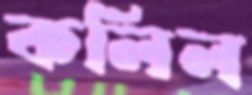
কলিল